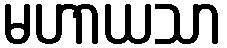
မဟာယသာ